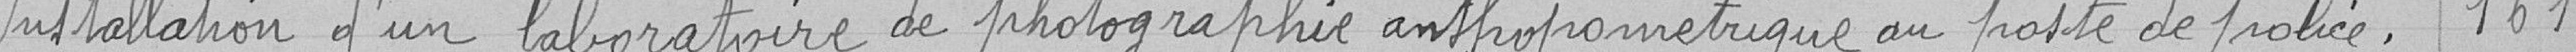
Installation d'un laboratoire de photographie anthropométrique au poste de police.                           161